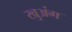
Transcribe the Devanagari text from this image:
खुअंग